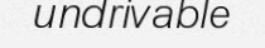
undrivable